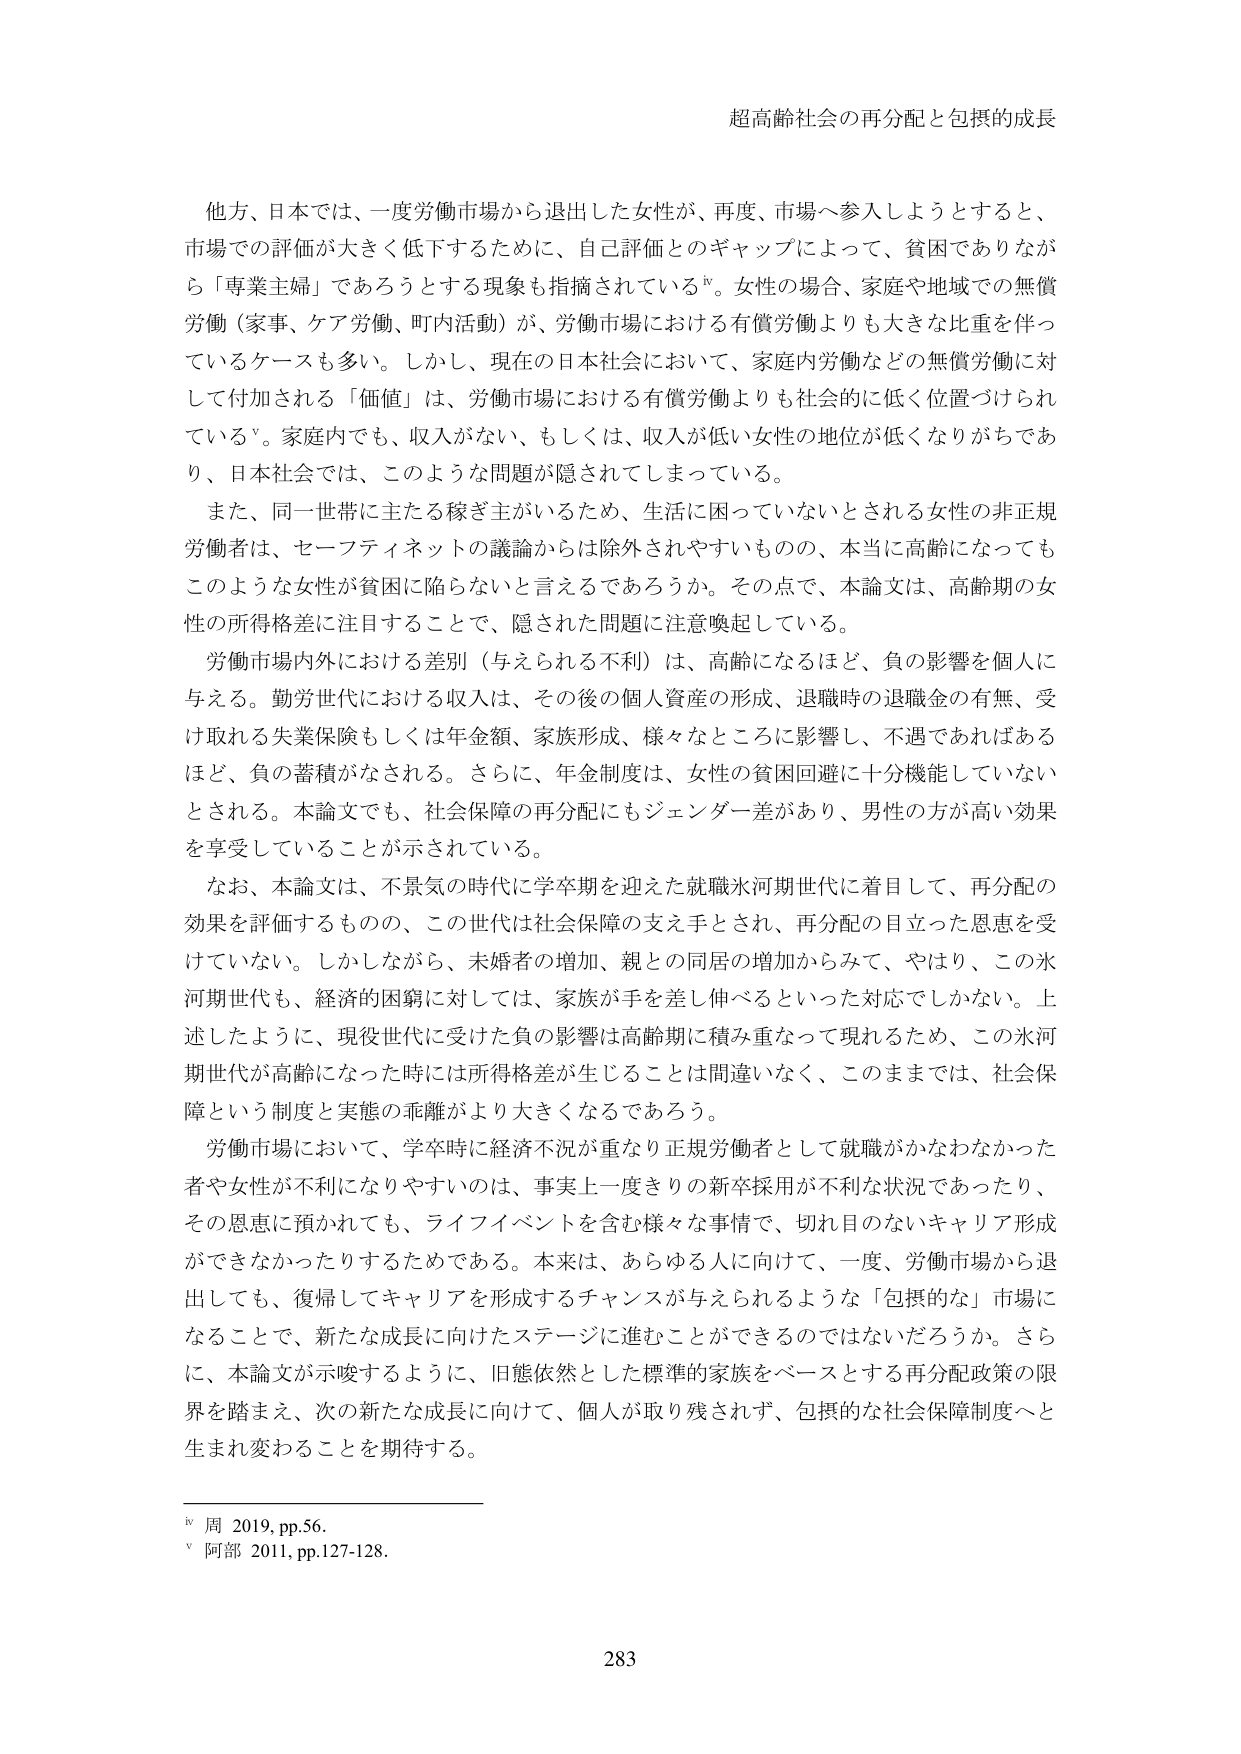
超高齢社会の再分配と包摂的成長

他方、日本では、一度労働市場から退出した女性が、再度、市場へ参入しようとすると、市場での評価が大きく低下するために、自己評価とのギャップによって、貧困でありながら「専業主婦」であろうとする現象も指摘されているiv。女性の場合、家庭や地域での無償労働（家事、ケア労働、町内活動）が、労働市場における有償労働よりも大きな比重を伴っているケースも多い。しかし、現在の日本社会において、家庭内労働などの無償労働に対して付加される「価値」は、労働市場における有償労働よりも社会的に低く位置づけられているv。家庭内でも、収入がない、もしくは、収入が低い女性の地位が低くなりがちであり、日本社会では、このような問題が隠されてしまっている。

また、同一世帯に主たる稼ぎ主がいるため、生活に困っていないとされる女性の非正規労働者は、セーフティネットの議論からは除外されやすいものの、本当に高齢になってもこのような女性が貧困に陥らないと言えるであろうか。その点で、本論文は、高齢期の女性の所得格差に注目することで、隠された問題に注意喚起している。

労働市場内外における差別（与えられる不利）は、高齢になるほど、負の影響を個人に与える。勤労世代における収入は、その後の個人資産の形成、退職時の退職金の有無、受け取れる失業保険もしくは年金額、家族形成、様々ところで影響し、不遇であればあるほど、負の蓄積がなされる。さらに、年金制度は、女性の貧困回避に十分機能していないとされる。本論文でも、社会保障の再分配にもジェンダー差があり、男性の方が高い効果を享受していることが示されている。

なお、本論文は、不景気の時代に学卒期を迎えた就職氷河期世代に着目して、再分配の効果を評価するものの、この世代は社会保障の支え手とされ、再分配の目立った恩恵を受けていない。しかしながら、未婚者の増加、親との同居の増加からみて、やはり、この氷河期世代も、経済的困窮に対しては、家族が手を差し伸べるといった対応でしかない。上述したように、現役世代に受けた負の影響は高齢期に積み重なって現れるため、この氷河期世代が高齢になった時には所得格差が生じることは間違いなく、このままでは、社会保障という制度と実態の乖離がより大きくなるであろう。

労働市場において、学卒時に経済不況が重なり正規労働者として就職がかなわなかった者や女性が不利になりやすいのは、事実上一度きりの新卒採用が不利な状況であったり、その恩恵に預かれてても、ライフイベントを含む様々な事情で、切れ目のないキャリア形成ができなかったりするためである。本来は、あらゆる人に向けて、一度、労働市場から退出しても、復帰してキャリアを形成するチャンスが与えられるような「包摂的な」市場になることで、新たな成長に向けたステージに進むことができるのではないだろうか。さらに、本論文が示唆するように、旧態依然とした標準的家族をベースとする再分配政策の限界を踏まえ、次の新たな成長に向けて、個人が取り残されず、包摂的な社会保障制度へと生まれ変わることを期待する。

iv 周 2019, pp.56.
v 阿部 2011, pp.127-128.

283